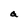
Character: a